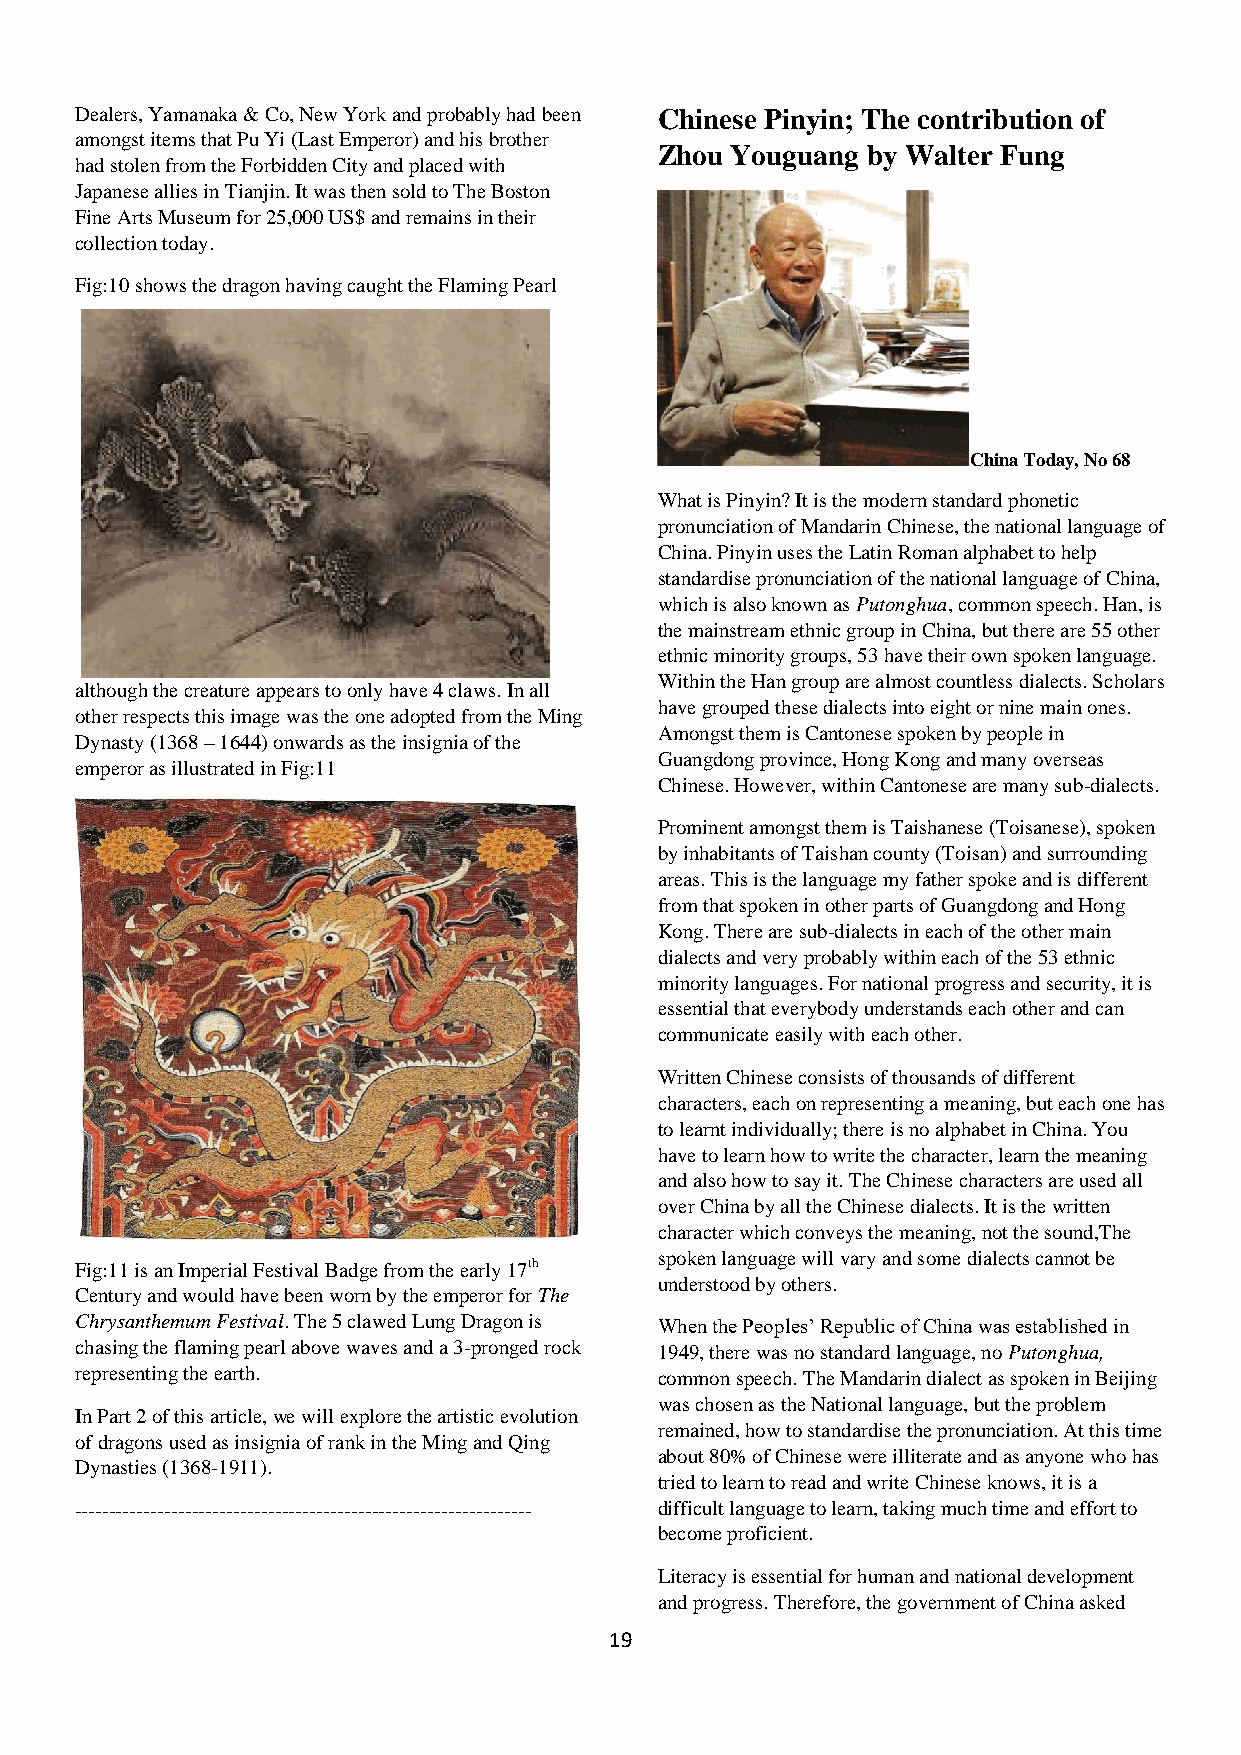
Dealers, Yamanaka & Co, New York and probably had been Chinese Pinyin; The contribution of
 amongst items that Pu Yi (Last Emperor) and his brother
 Zhou Youguang by Walter Fung
 had stolen from the Forbidden City and placed with
 Japanese allies in Tianjin. It was then sold to The Boston
 Fine Arts Museum for 25,000 US$ and remains in their
 collection today.
 Fig:10 shows the dragon having caught the Flaming Pearl
 China Today, No 68
 What is Pinyin? It is the modern standard phonetic
 pronunciation of Mandarin Chinese, the national language of
 China. Pinyin uses the Latin Roman alphabet to help
 standardise pronunciation of the national language of China,
 which is also known as Putonghua, common speech. Han, is
 the mainstream ethnic group in China, but there are 55 other
 ethnic minority groups, 53 have their own spoken language.
 Within the Han group are almost countless dialects. Scholars
 although the creature appears to only have 4 claws. In all
 have grouped these dialects into eight or nine main ones.
 other respects this image was the one adopted from the Ming
 Amongst them is Cantonese spoken by people in
 Dynasty (1368 – 1644) onwards as the insignia of the
 Guangdong province, Hong Kong and many overseas
 emperor as illustrated in Fig:11
 Chinese. However, within Cantonese are many sub-dialects.
 Prominent amongst them is Taishanese (Toisanese), spoken
 by inhabitants of Taishan county (Toisan) and surrounding
 areas. This is the language my father spoke and is different
 from that spoken in other parts of Guangdong and Hong
 Kong. There are sub-dialects in each of the other main
 dialects and very probably within each of the 53 ethnic
 minority languages. For national progress and security, it is
 essential that everybody understands each other and can
 communicate easily with each other.
 Written Chinese consists of thousands of different
 characters, each on representing a meaning, but each one has
 to learnt individually; there is no alphabet in China. You
 have to learn how to write the character, learn the meaning
 and also how to say it. The Chinese characters are used all
 over China by all the Chinese dialects. It is the written
 character which conveys the meaning, not the sound,The
 spoken language will vary and some dialects cannot be
 Fig:11 is an Imperial Festival Badge from the early 17th
 understood by others.
 Century and would have been worn by the emperor for The
 Chrysanthemum Festival. The 5 clawed Lung Dragon is When the Peoples’ Republic of China was established in
 chasing the flaming pearl above waves and a 3-pronged rock 1949, there was no standard language, no Putonghua,
 representing the earth.                common speech. The Mandarin dialect as spoken in Beijing
 was chosen as the National language, but the problem
 In Part 2 of this article, we will explore the artistic evolution
 remained, how to standardise the pronunciation. At this time
 of dragons used as insignia of rank in the Ming and Qing
 about 80% of Chinese were illiterate and as anyone who has
 Dynasties (1368-1911).
 tried to learn to read and write Chinese knows, it is a
 ------------------------------------------------------------------ difficult language to learn, taking much time and effort to
 become proficient.
 Literacy is essential for human and national development
 and progress. Therefore, the government of China asked
 19